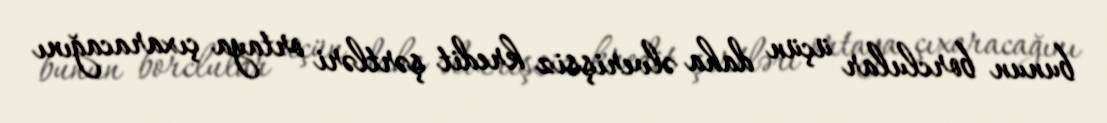
bunun borclular üçün daha əlverişsiz kredit şərtləri ortaya çıxaracağını